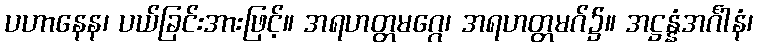
ပဟာနေန၊ ပယ်ခြင်းအားဖြင့်။ အရဟတ္တမဂ္ဂေ၊ အရဟတ္တမဂ်၌။ အဋ္ဌန္နံအင်္ဂါနံ၊